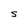
Character: S